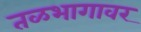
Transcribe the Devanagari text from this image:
तळभागावर